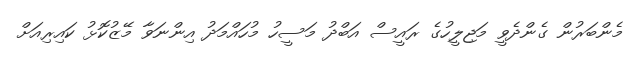
މެންބަރުން ގެންދެވީ މަޖިލީހުގެ ރައީސް އަބްދު މަސީހު މުހައްމަދު އިންނަވާ މޭޒުކޮޅު ކައިރިއަށް